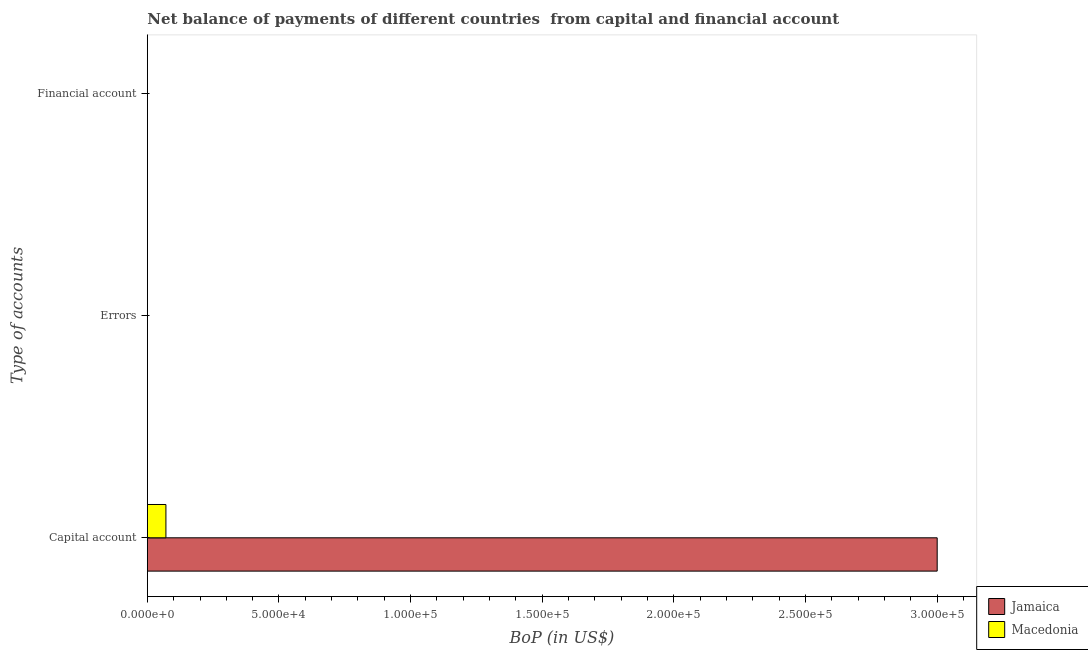
| Type of accounts | Jamaica | Macedonia |
 | --- | --- | --- |
 | Capital account | 3e+05 | 7.06e+03 |
 | Errors | -1.61e+06 | -6.16e+06 |
 | Financial account | -1.07e+09 | -1.65e+08 |